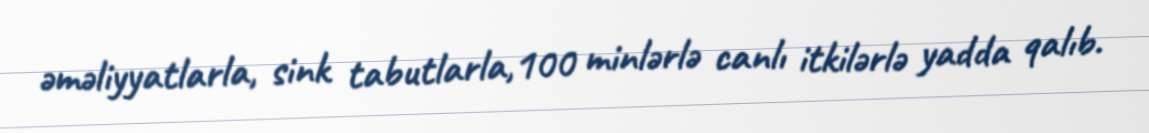
əməliyyatlarla, sink tabutlarla,100 minlərlə canlı itkilərlə yadda qalıb.